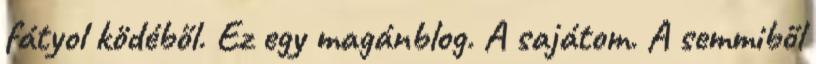
fátyol ködéből. Ez egy magánblog. A sajátom. A semmiből